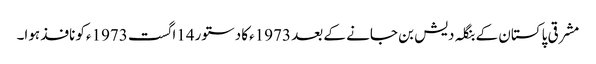
مشرقی پاکستان کے بنگلہ دیش بن جانے کے بعد 1973ءکا دستور14اگست 1973ءکو نافذ ہوا۔